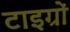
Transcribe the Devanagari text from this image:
टाइग्रों